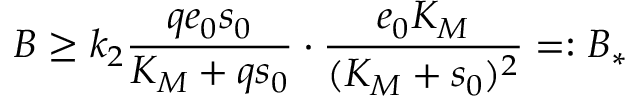
B \geq k _ { 2 } \frac { q e _ { 0 } s _ { 0 } } { K _ { M } + q s _ { 0 } } \cdot \frac { e _ { 0 } K _ { M } } { ( K _ { M } + s _ { 0 } ) ^ { 2 } } = : B _ { * }